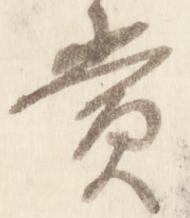
賞